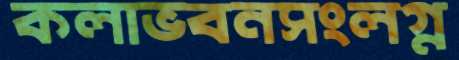
কলাভবনসংলগ্ন